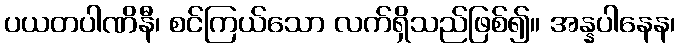
ပယတပါဏိနီ၊ စင်ကြယ်သော လက်ရှိသည်ဖြစ်၍။ အန္နပါနေန၊